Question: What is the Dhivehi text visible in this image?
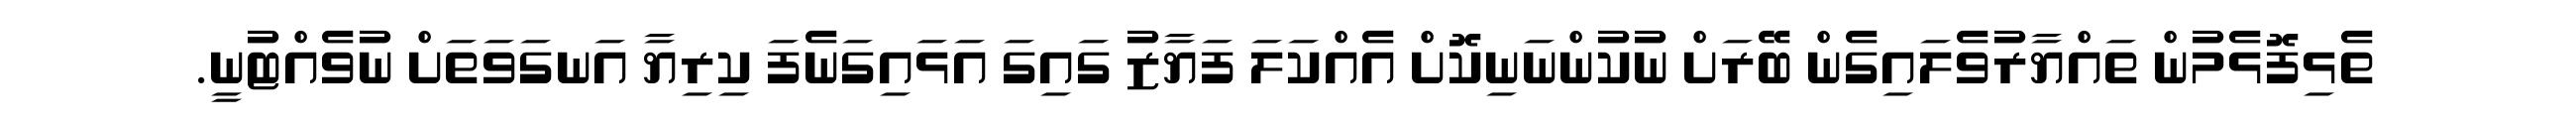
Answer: ތެޅިފޮޅެމުން ތައްޔާރުވެލައިގެން ބޭރަށް ނުކުންނަނިކޮށް އެއްކަލަ ފަޔާޒު ގައިގަ އަޅައިގަނެފަ ކިރިޔާ އަނގަވަތަށް ނުވެއްޓުނީ.